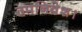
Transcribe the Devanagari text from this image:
उपनिवेश।